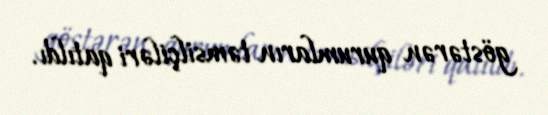
göstərən qurumların təmsilçiləri qatıldı.